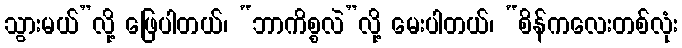
သွားမယ်”လို့ ဖြေပါတယ်၊ “ဘာကိစ္စလဲ”လို့ မေးပါတယ်၊ “စိန်ကလေးတစ်လုံး